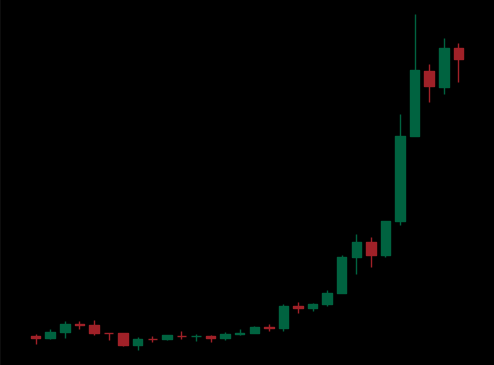
Pattern: unclassified